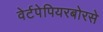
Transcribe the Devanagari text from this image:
वेर्टपेपियरबोरसे